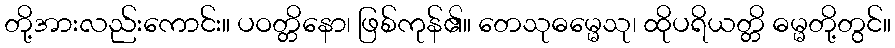
တို့အားလည်းကောင်း။ ပဝတ္တိနော၊ ဖြစ်ကုန်၏။ တေသုဓမ္မေသု၊ ထိုပရိယတ္တိ ဓမ္မတို့တွင်။